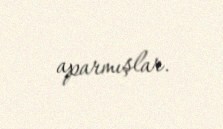
aparmışlar.